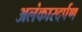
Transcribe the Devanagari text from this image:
अलंकारदर्पण